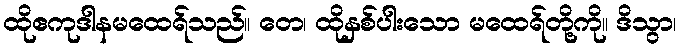
ထိုဧကုဒါနမထေရ်သည်။ တေ၊ ထိုနှစ်ပါးသော မထေရ်တို့ကို။ ဒိသွာ၊